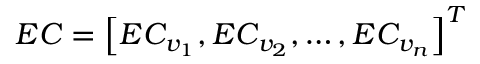
E C = \left[ E C _ { v _ { 1 } } , E C _ { v _ { 2 } } , \dots , E C _ { v _ { n } } \right] ^ { T }